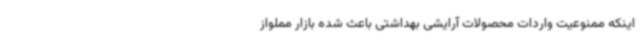
اینکه ممنوعیت واردات محصولات آرایشی بهداشتی باعث شده بازار مملواز